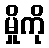
မှိုကို